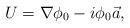
LaTeX: \begin{align*}U=\nabla\phi_0-i\phi_0\vec{a},\end{align*}